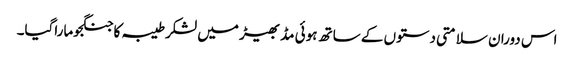
اس دوران سلامتی دستوں کے ساتھ ہوئی مڈبھیڑ میں لشکرطیبہ کا جنگجوماراگیا۔